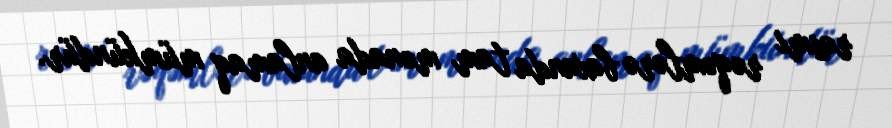
rəsmi rəqəmlərə baxanda tam mənada anlamaq mümkündür.